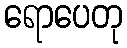
ရောပေတု